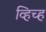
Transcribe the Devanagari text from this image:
व्हिच्ह